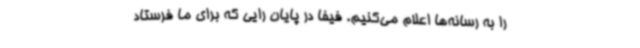
را به رسانه‌ها اعلام می‌کنیم. فیفا در پایان رایی که برای ما فرستاد